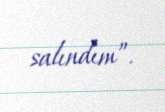
salındım”.